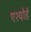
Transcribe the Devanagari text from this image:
एश्योर्ड